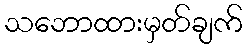
သဘောထားမှတ်ချက်